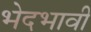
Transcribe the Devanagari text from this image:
भेदभावी